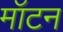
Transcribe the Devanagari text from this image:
मॉटन